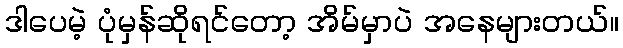
ဒါပေမဲ့ ပုံမှန်ဆိုရင်တော့ အိမ်မှာပဲ အနေများတယ်။